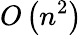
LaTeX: O\left(n^{2}\right)